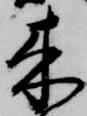
来